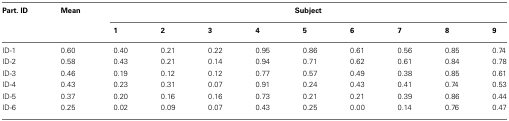
<table><thead><tr><td><b>Part. ID</b></td><td><b>Mean</b></td><td colspan="9"><b>Subject</b></td></tr><tr><td></td><td></td><td><b>1</b></td><td><b>2</b></td><td><b>3</b></td><td><b>4</b></td><td><b>5</b></td><td><b>6</b></td><td><b>7</b></td><td><b>8</b></td><td><b>9</b></td></tr></thead><tbody><tr><td>ID-1</td><td>0.60</td><td>0.40</td><td>0.21</td><td>0.22</td><td>0.95</td><td>0.86</td><td>0.61</td><td>0.56</td><td>0.85</td><td>0.74</td></tr><tr><td>ID-2</td><td>0.58</td><td>0.43</td><td>0.21</td><td>0.14</td><td>0.94</td><td>0.71</td><td>0.62</td><td>0.61</td><td>0.84</td><td>0.78</td></tr><tr><td>ID-3</td><td>0.46</td><td>0.19</td><td>0.12</td><td>0.12</td><td>0.77</td><td>0.57</td><td>0.49</td><td>0.38</td><td>0.85</td><td>0.61</td></tr><tr><td>ID-4</td><td>0.43</td><td>0.23</td><td>0.31</td><td>0.07</td><td>0.91</td><td>0.24</td><td>0.43</td><td>0.41</td><td>0.74</td><td>0.53</td></tr><tr><td>ID-5</td><td>0.37</td><td>0.20</td><td>0.16</td><td>0.16</td><td>0.73</td><td>0.21</td><td>0.21</td><td>0.39</td><td>0.86</td><td>0.44</td></tr><tr><td>ID-6</td><td>0.25</td><td>0.02</td><td>0.09</td><td>0.07</td><td>0.43</td><td>0.25</td><td>0.00</td><td>0.14</td><td>0.76</td><td>0.47</td></tr></tbody></table>